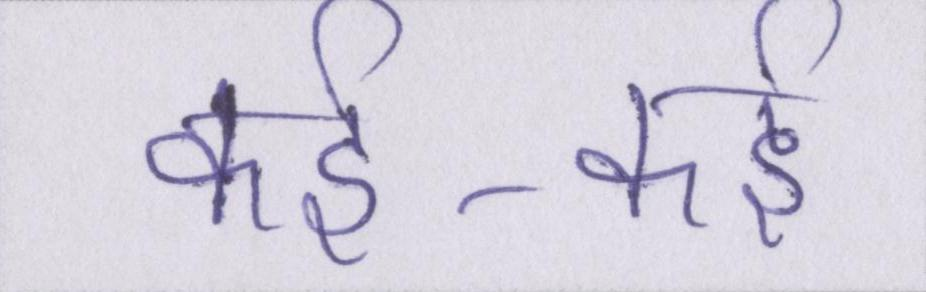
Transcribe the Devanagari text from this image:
कई-कई